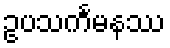
ဥပသင်္ကမနဿ